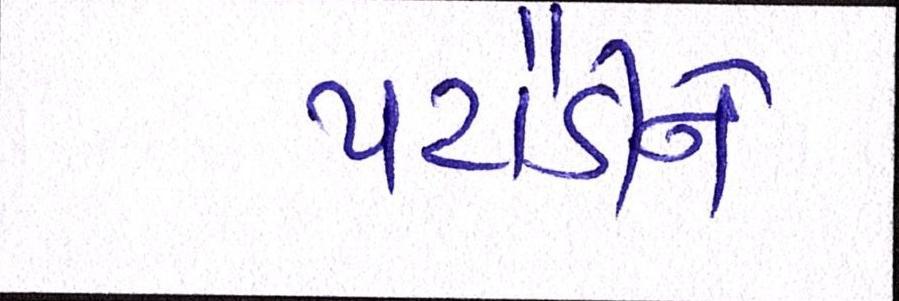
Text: પટૌડીને